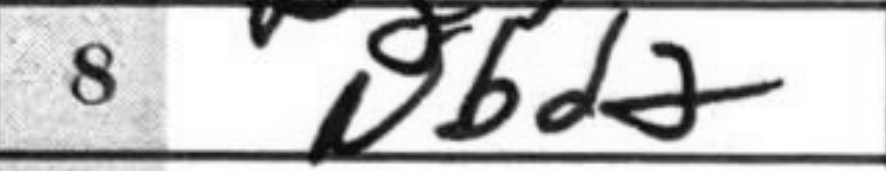
Transcription: Nbd2